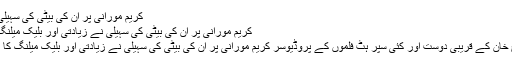
کریم مورانی پر ان کی بیٹی کی سہیلی نے زیادتی اور بلیک
کریم مورانی پر ان کی بیٹی کی سہیلی نے زیادتی اور بلیک میلنگ کا مقدمہ درج کرادیا
حیدرآباد دکن: شا ہ رخ خان کے قریبی دوست اور کئی سپر ہٹ فلموں کے پروڈیوسر کریم مورانی پر ان کی بیٹی کی سہیلی نے زیادتی اور بلیک میلنگ کا مقدمہ درج کرادیا ہے۔